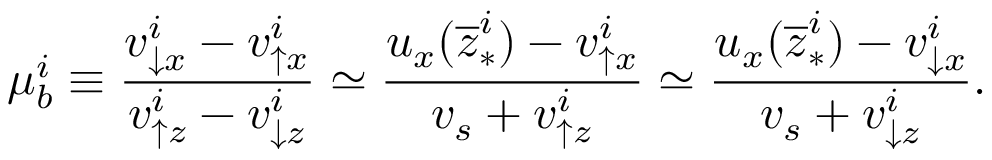
\mu _ { b } ^ { i } \equiv \frac { v _ { \downarrow x } ^ { i } - v _ { \uparrow x } ^ { i } } { v _ { \uparrow z } ^ { i } - v _ { \downarrow z } ^ { i } } \simeq \frac { u _ { x } ( \overline { { z } } _ { \ast } ^ { i } ) - v _ { \uparrow x } ^ { i } } { v _ { s } + v _ { \uparrow z } ^ { i } } \simeq \frac { u _ { x } ( \overline { { z } } _ { \ast } ^ { i } ) - v _ { \downarrow x } ^ { i } } { v _ { s } + v _ { \downarrow z } ^ { i } } .